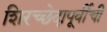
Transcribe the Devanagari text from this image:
शिरच्छेदापूर्वीची